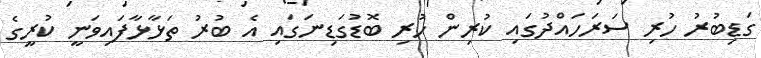
ގަޑިބުރު ހުރި ސަަރަހައްދުގައި ކުރިން ހުރި ބޮޑުގަޑިނަގައި އެ ބުރު ތަޅާޅާފައިވަނީ ކުރީގެ